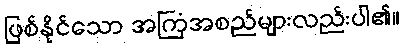
ဖြစ်နိုင်သော အကြံအစည်များလည်းပါ၏။